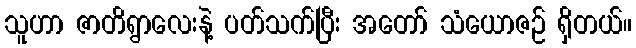
သူဟာ ဇာတိရွာလေးနဲ့ ပတ်သက်ပြီး အတော် သံယောဇဉ် ရှိတယ်။